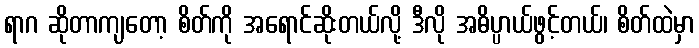
ရာဂ ဆိုတာကျတော့ စိတ်ကို အရောင်ဆိုးတယ်လို့ ဒီလို အဓိပ္ပာယ်ဖွင့်တယ်၊ စိတ်ထဲမှာ